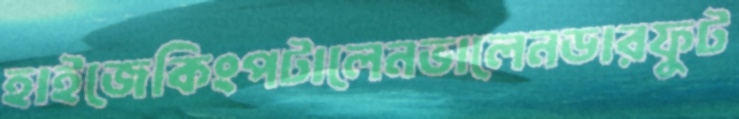
হাইজেকিংপটালেনভালেনডারফুট